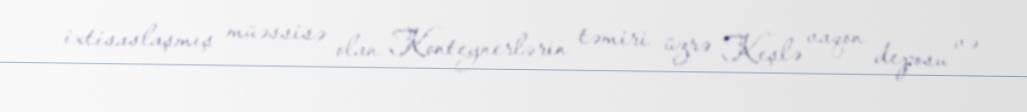
ixtisaslaşmış müəssisə olan Konteynerlərin təmiri üzrə Keşlə vaqon deposu və